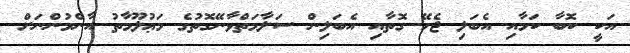
އަކީ ކޮބާ ކަމާއި އެބަލި ޖެހޭ ގޮތާއި އެބަލިން ސަލާމަތްވާނޭގޮތުގެ މަޢުލޫމާތު އާންމުންނަށް